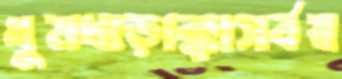
ধুমধাড়াক্কাসর্বস্ব